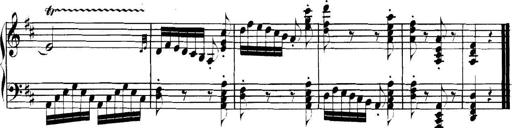
Title: Collected Piano Sonatas
Composer: Muzio Clementi